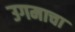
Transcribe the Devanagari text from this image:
उगमाचा